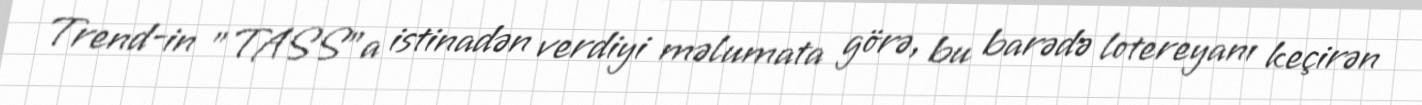
Trend-in "TASS"a istinadən verdiyi məlumata görə, bu barədə lotereyanı keçirən